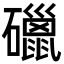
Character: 䃳